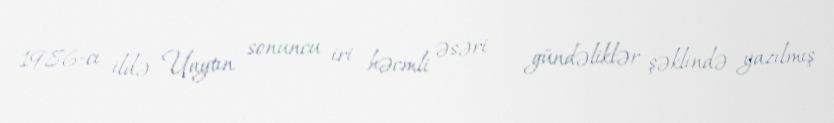
1986-cı ildə Uaytın sonuncu iri həcmli əsəri – gündəliklər şəklində yazılmış